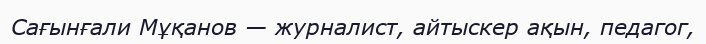
Сағынғали Мұқанов — журналист, айтыскер ақын, педагог,